Rasina_vallavalitsus, lk 43
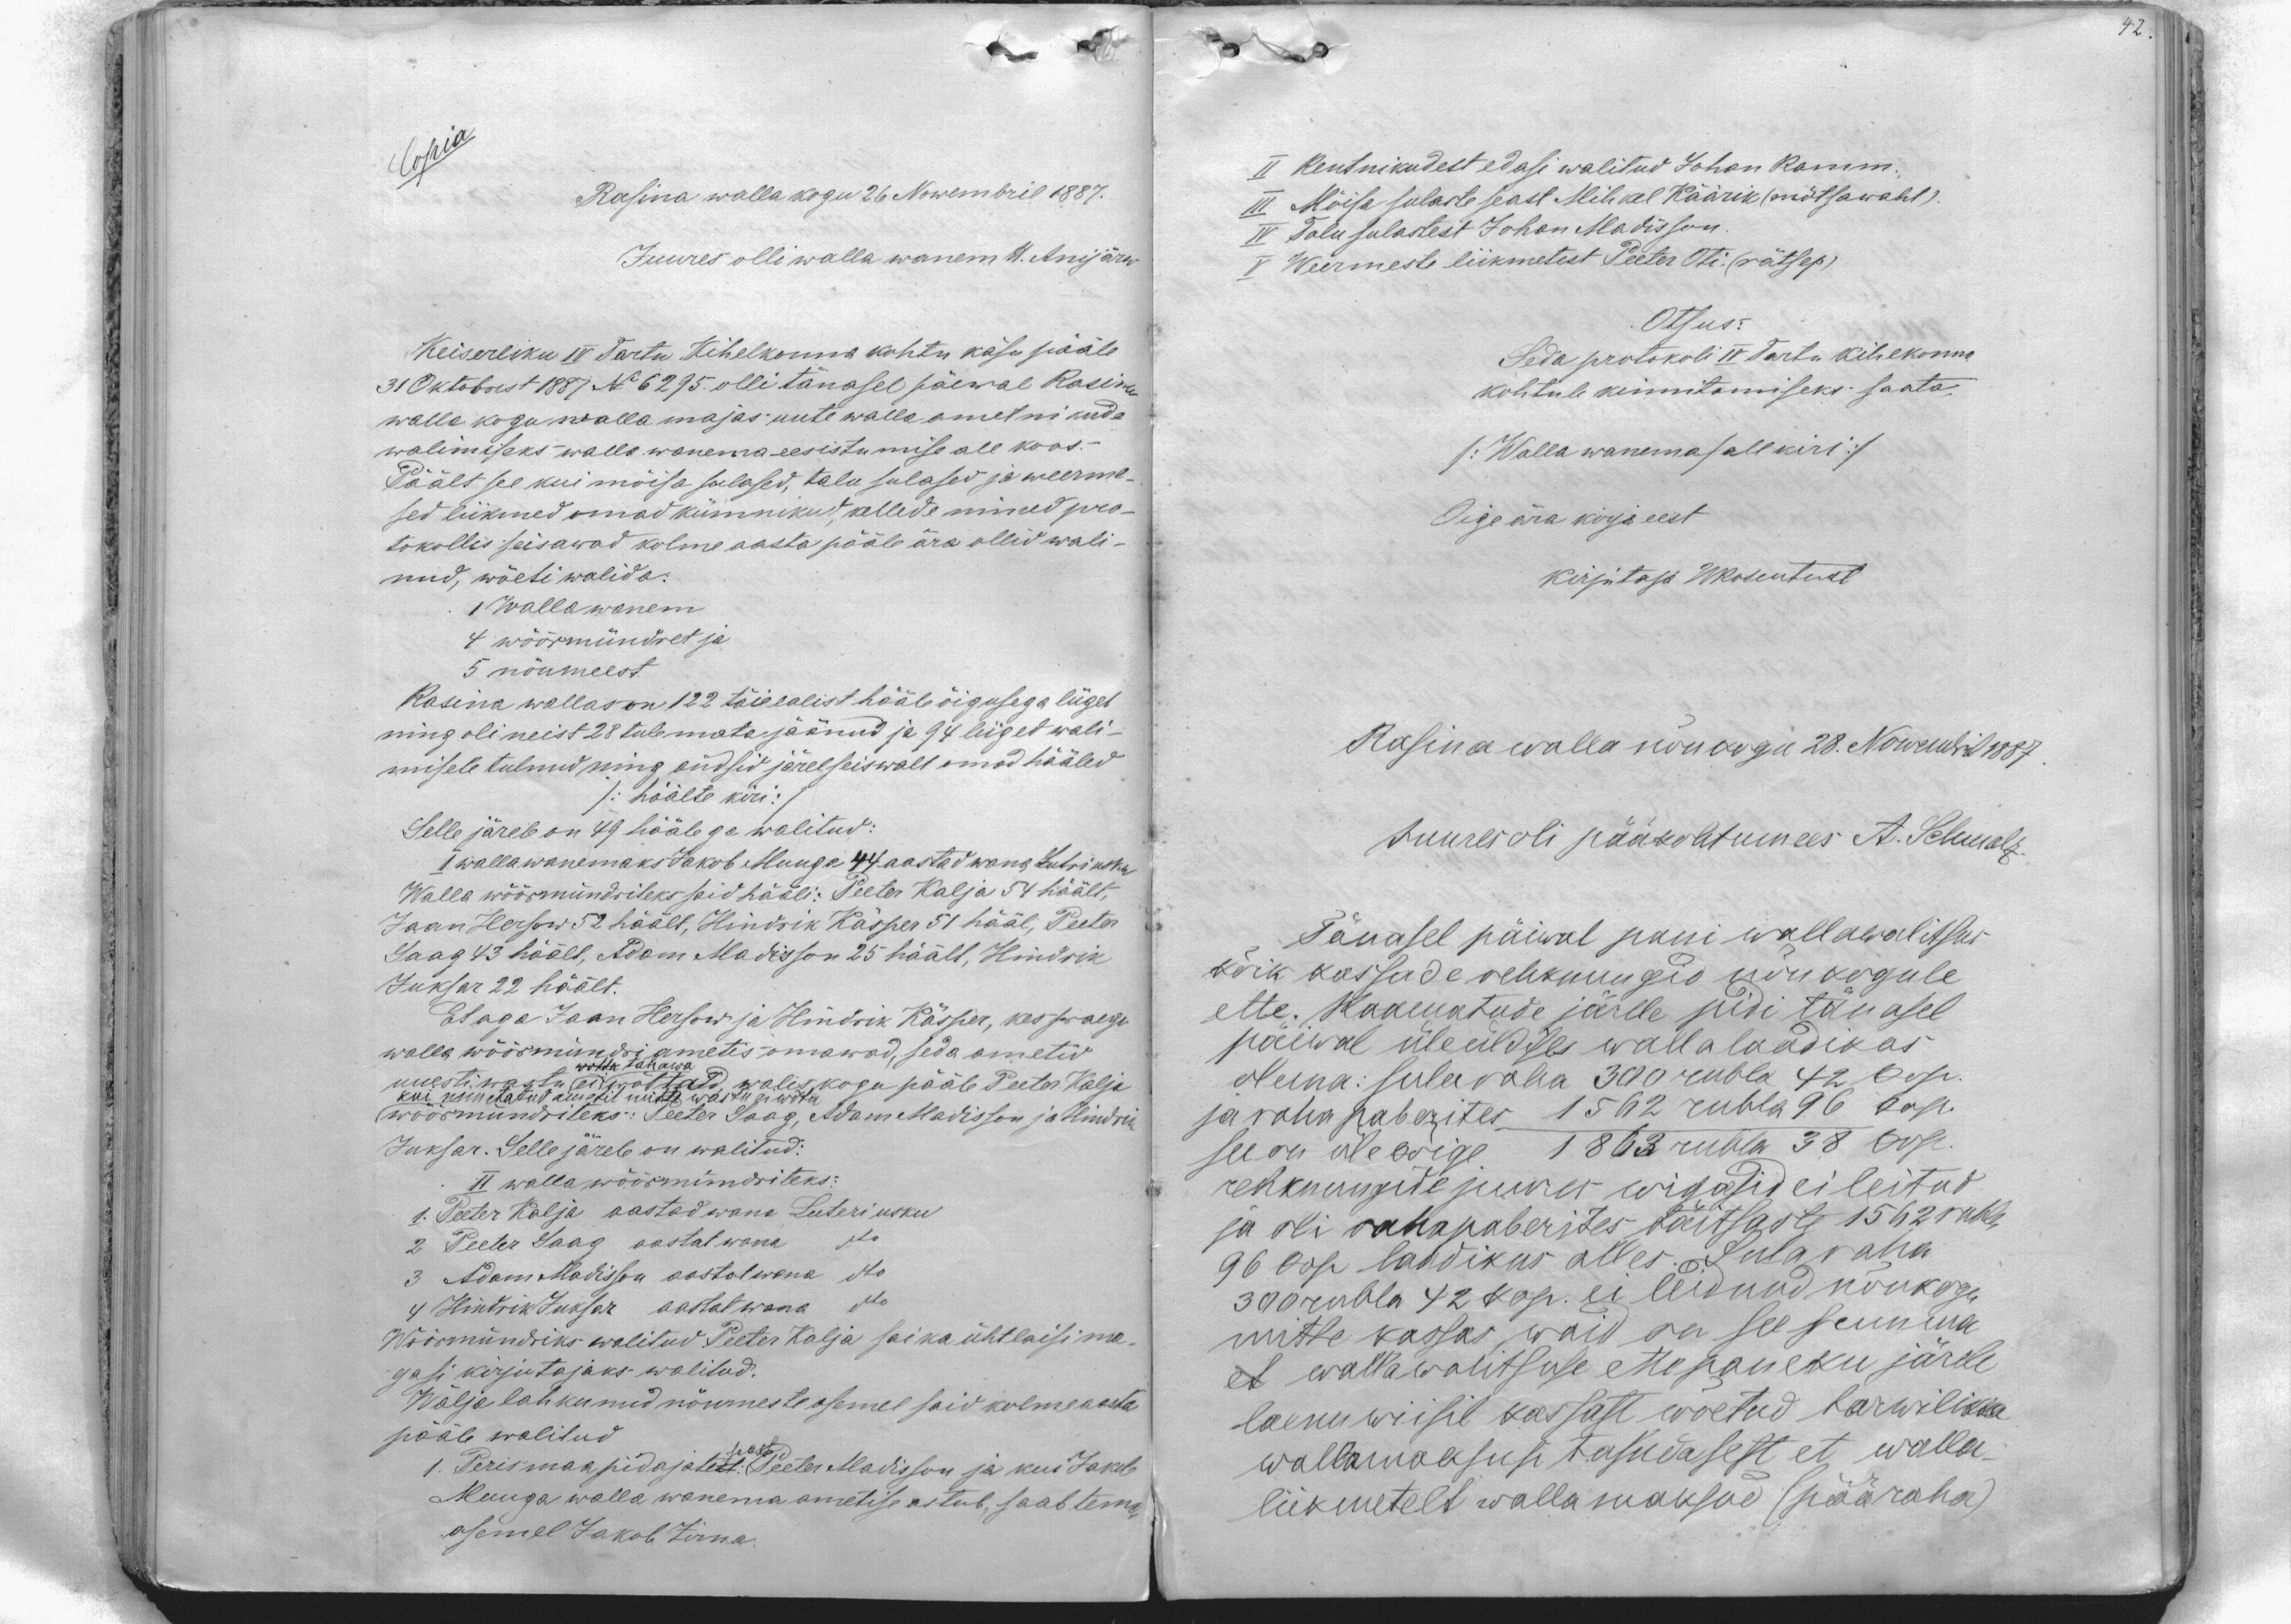
Copia
Rasina wallakogu 26 Nowembril 1887.
Juures olli walla wanem H. Anijärw
Keiserliku IV Tartu Kihelkonna kohtu käsu pääle
31 Oktobrist 1887 No 6295 olli tänasel päewal Rasina
walla kogu walla majas uute wallaametnikude
walimiseks walla wanema eesistumise all koos.-
Päält see kui mõisa sulased, talu sulased ja weerme-
sed liikmed omad kümnikud, kellede nimed pro-
tokollis seisawad kolme aasta pääle ära ollid wali-
nud, wõeti walida:
1 Wallawanem
4 wöörmündret ja
5 nõumeest.
Rasina wallas on 122 täieealist hääleõigusega liiget
ning oli neist 28 tulemata jäänud ja 94 liiget wali-
misele tulnud ning andsid järelseiswalt omad hääled
/: häälte kiri :/
Selle järele on 49 häälega walitud:
I wallawanemaks Jakob Muuga 44 aastad wana Lutri usku
Walla wöörmündriteks said hääli: Peeter Kalja 54 häält,
Jaan Hersow 52 häält, Hindrik Käsper 51 hääl, Peeter
Saag 43 häält, Adam Madisson 25 häält, Hindrik
Juksar 22 häält.
Et aga Jaan Hersow ja Hindrik Käsper, kes praegu
walla wöörmündri ametis omawad, seda ametid
wotta tahawa
uuesti wastu ei wõttad, walis kogu pääle Peeter Kalja
kui nimetatud ametit mitte wastu ei wõta
wöörmünditeks: Peeter Saag, Adam Madisson ja Hindrik
Juksar. Selle järele on walitud:
II walla wöörmündriteks:
1. Peeter Kalja aastad wana Luteri usku
2 Peeter Saag aastat wana do
3 Adam Madisson aastat wana do
4 Hindrik Juksar aastat wana do
Wöörmündriks walitud Peeter Kalja sai ka ühtlaisi ma-
gasi kirjutajaks walitud.
Wälja lahkunud nõumeste asemel said kolme aasta
pääle walitud
seast
1. Perismaapidajatest: Peeter Madisson ja kui Jakeb
Muuga walla wanema ametise astub, saab tema
asemel Jakob Zirna.

II Rentnikudest edasi walitud Johan Ramm.
III Mõisa sulaste seast Mihkel Käärik (mõtsawaht).
IV Talu sulastest Johan Madisson
V Weermeste liikmetest Peeter Oti. (rätsep)
Otsus:
Seda protokoli IV Tartu kihelkonna
kohtule kinnitamiseks saata.
/: Walla wanema / allkiri :/
Oige ära kirja eest
kirjutaja WRosentaal
Rasina walla nõukogu 28. Nowembril 1887
Juures oli pääkohtumees A. Schmalz.
Tänasel päiwal pani wallawalitsus
kõik kassade rehknungid nõukogule
ette. Raamatude järele pidi tänasel
päewal üleüldises wallalaadikas
olema: sularaha 300 rubla 42 kop.
ja rahapaberites 1562 rubla 96 kop.
see on üle kõige. 1863 rubla 38 kop.
rehknungide juures wigasid ei leitud
ja oli rahapaberites täitsaste 1562 rubla
96 kop laadikus alles. Sularaha
300 rubla 42 kop. ei leidund nõukogu
mitte kassas, waid on see summa
et wallawalitsuse ettepaneku järele
laenu wiisil kassast wõetud tarwilikku
wallamaksusi tasudasest et walla-
liikmetelt walla maksud (pääraha)